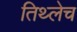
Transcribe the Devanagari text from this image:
तिथ्लेच